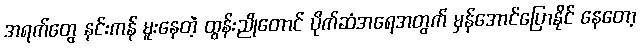
အရက်တွေ နင်းကန် မူးနေတဲ့ ထွန်းညိုတောင် ပိုက်ဆံအရေအတွက် မှန်အောင်ပြောနိုင် နေတော့